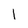
Character: 1